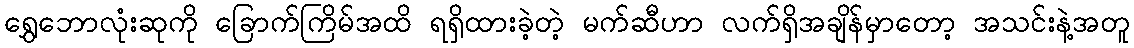
ရွှေဘောလုံးဆုကို ခြောက်ကြိမ်အထိ ရရှိထားခဲ့တဲ့ မက်ဆီဟာ လက်ရှိအချိန်မှာတော့ အသင်းနဲ့အတူ